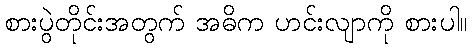
စားပွဲတိုင်းအတွက် အဓိက ဟင်းလျာကို စားပါ။